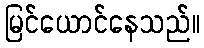
မြင်ယောင်နေသည်။